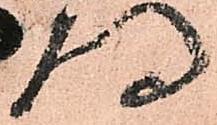
門